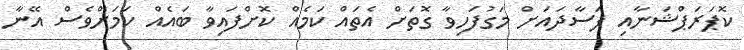
ކޮޕަރަޕްޝަނާއި ފަސާދައަށް މަގުފަހިވާ ގޮތަށް އެތައް ކަމެއް ކޮށްފައިވާ ބައެއް ކަމަށްވެސް އޭނާ